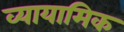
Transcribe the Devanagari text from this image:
व्यायामिक